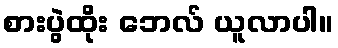
စားပွဲထိုး ဘေလ် ယူလာပါ။